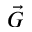
\vec { G }